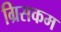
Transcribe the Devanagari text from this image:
ग्रिसकम